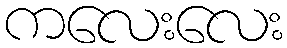
ကလေးလေး